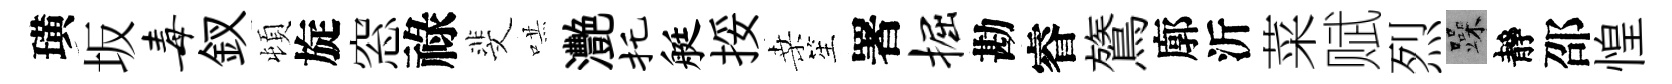
璜坂毒釵頓旋窓祿斐哄灧托艇挼桑笙署掘勘睿鷟廓沂菜赋烈躁靜邵惶